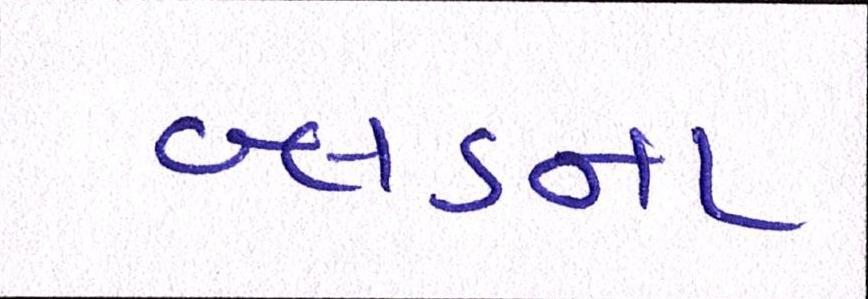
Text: બ્લડના